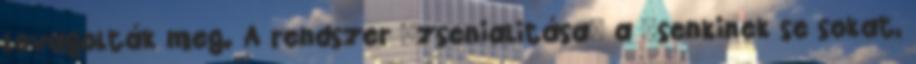
lovagolták meg. A rendszer "zsenialitása" a "senkinek se sokat,